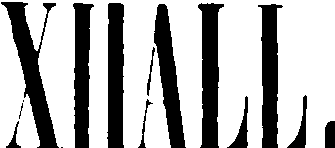
XIIALL.